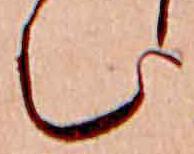
む